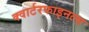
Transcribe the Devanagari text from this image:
क्वार्टरफाइनल्स